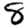
Digit: 8